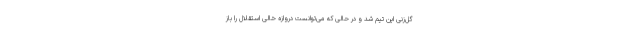
گل‌زنی این تیم شد و در حالی که می‌توانست دروازه خالی استقلال را باز